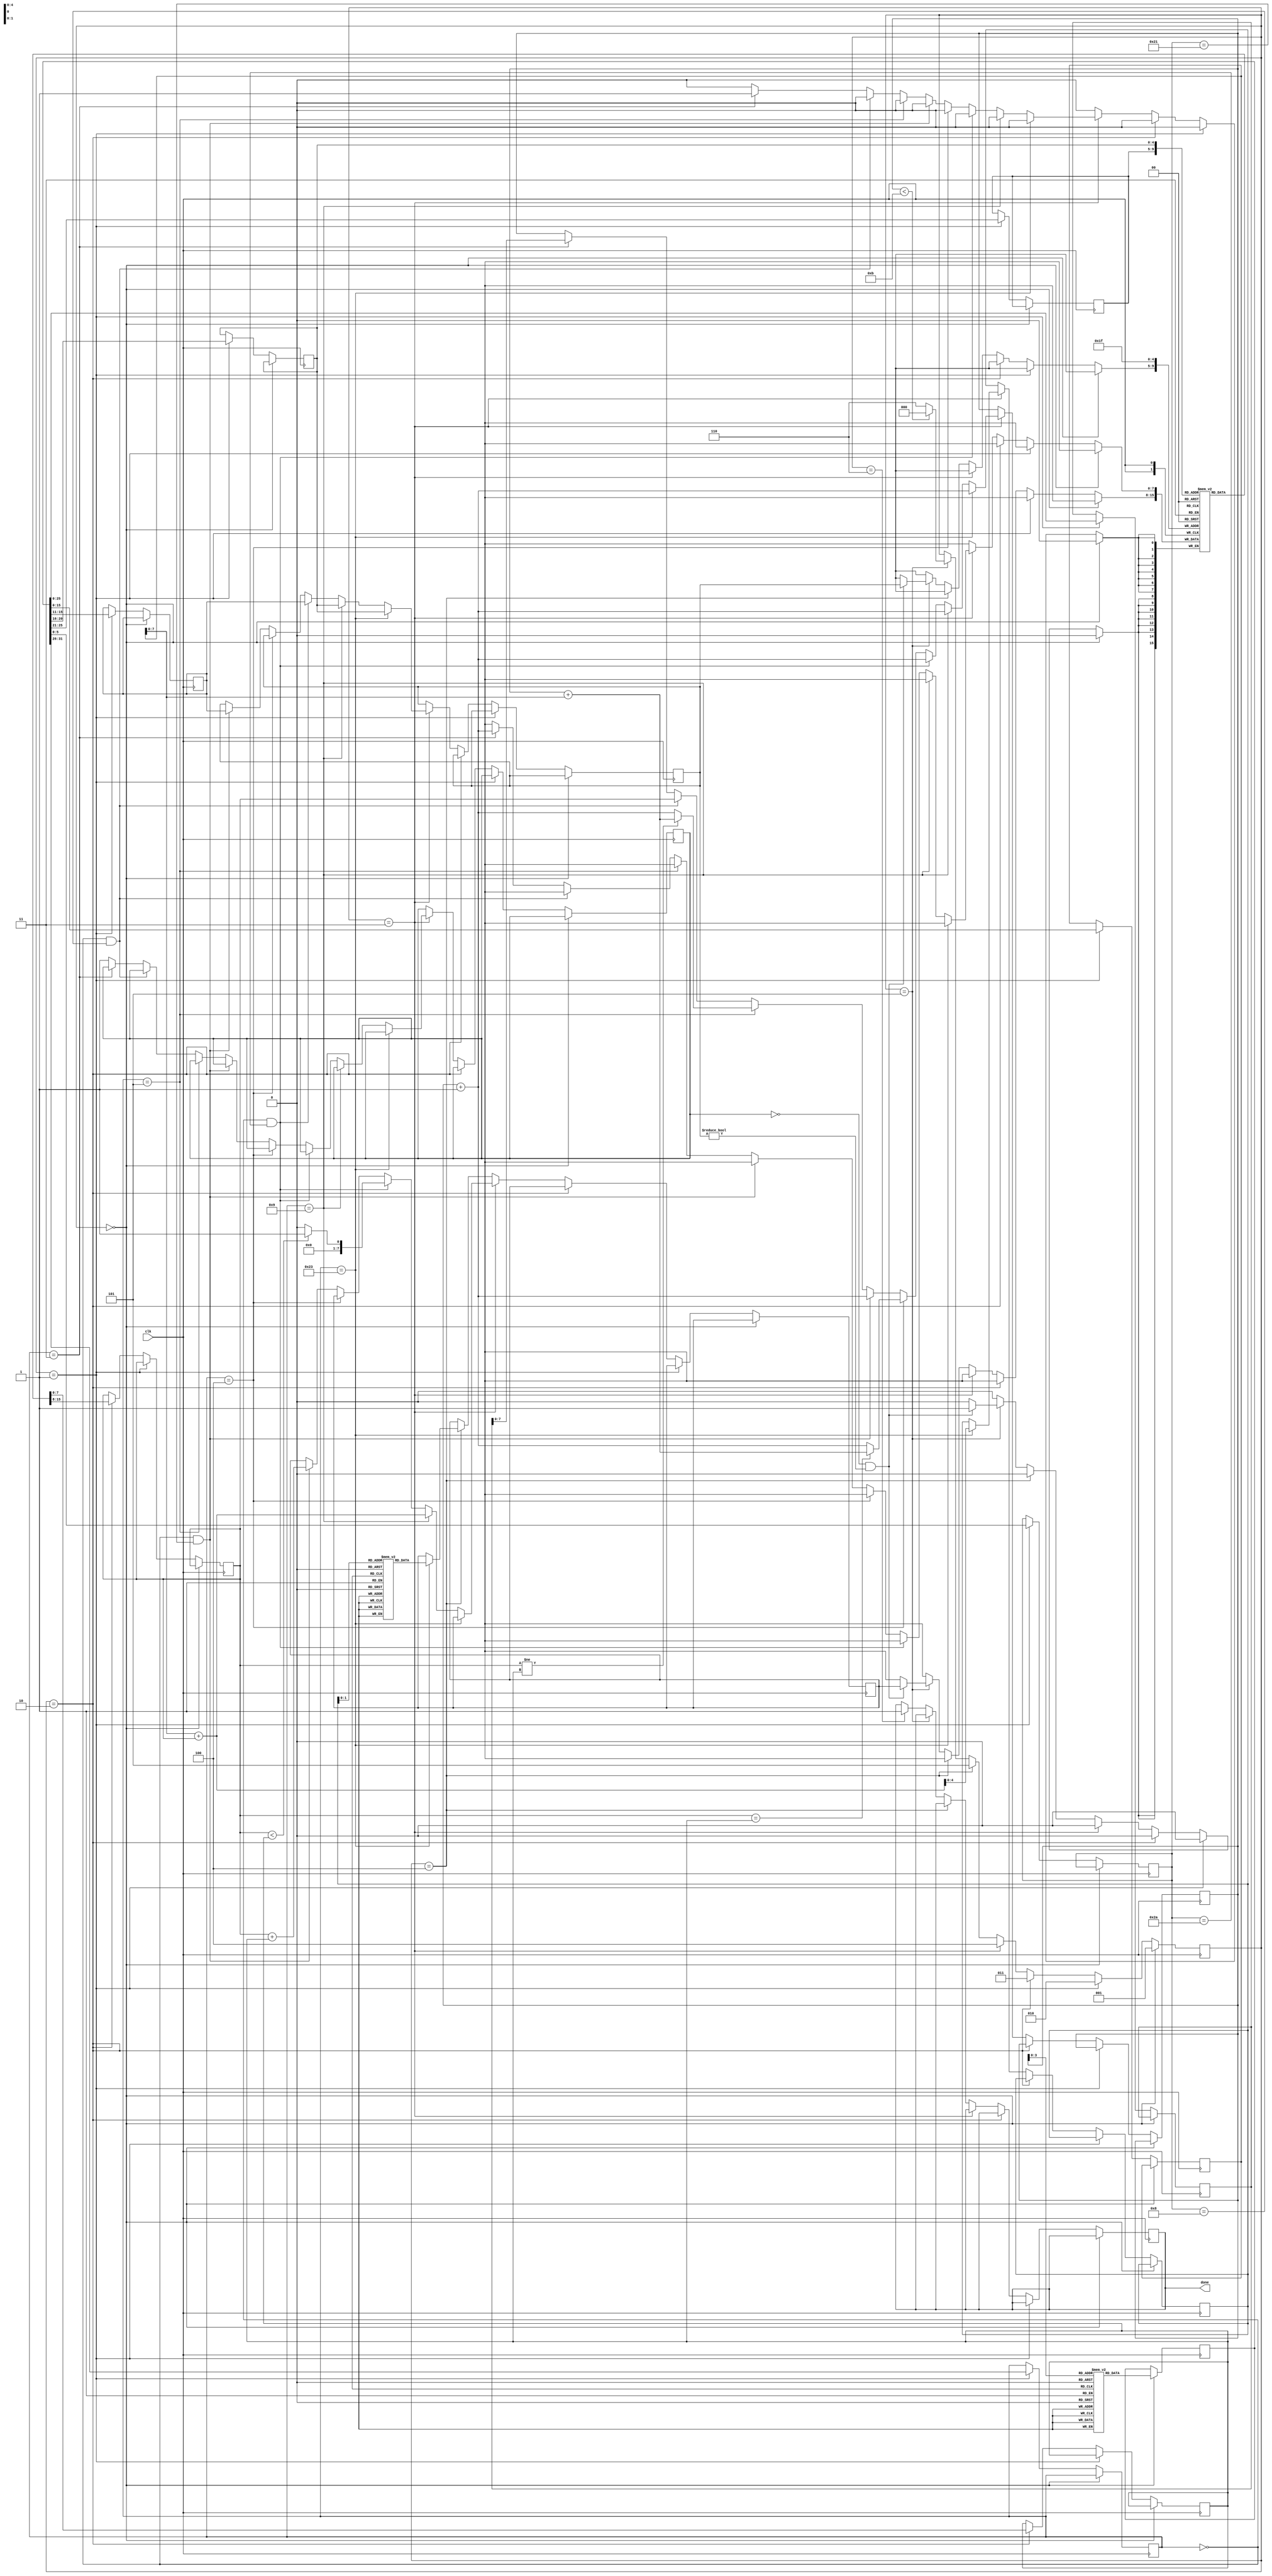
`define output_reg 4
`define MAX_PC 11
module solve(clk,done);
        input clk;
        output done;
        reg [31:0] memory[0:10];
        reg signed [7:0] arr[0:2];
        reg signed[7:0] regfile[0:31];
        reg [7:0] PC;
        reg [2:0] state;
        reg [31:0] instruction;
        reg [5:0] opcode;
        reg [5:0] func;
        reg [4:0] rs;
        reg [4:0] rt;
        reg [4:0] rd;
        reg [4:0] dest;
        reg signed[15:0] immediate;
        reg [25:0] jtarget;
        reg [7:0] source1;
        reg [7:0] source2;
        reg [7:0] tobewritten;
        reg [4:0] loadadd;
        reg invalid;
        reg done=0;
        
        
        always @(posedge clk) begin
                if(state==3'b000)begin
                        instruction<=#1 memory[PC];
                        state<=#1 3'b001;
                        
                end
                else if (state==3'b001) begin
                        opcode<=#1 instruction[31:26];
                        func<=#1 instruction[5:0];
                        jtarget<=#1 instruction[25:0];
                        rs<=#1 instruction[25:21];
                        rt<=#1 instruction[20:16];
                        rd<=#1 instruction[15:11];
                        immediate<=#1 instruction[15:0];
                        state<=#1 3'b010;
                        
                end
                else if (state==3'b010) begin
                        source1<=#1 regfile[rs];
                        source2<=#1 regfile[rt];
                        state<=#1 3'b011;
                        
                end
                else if (state==3'b011) begin
                        if (opcode==6'b100011) begin
				//lw
                                loadadd<=#1 immediate[7:0] + source1;
                                dest=rt;
                                PC<=PC+1;
                        end
                        else if (opcode==6'b001001) begin
                                //addiu
                                tobewritten<=#1 immediate[7:0] + source1;
                                PC<=PC+1;
                                dest=rt;
                        end
                        else if (opcode==6'b0 && func==6'b101010) begin
                                //slt
                                tobewritten<=#1 ($signed(source1) < $signed(source2))?1:0;
                                PC<=PC+1;
                                dest<=rd;
                        end
                        else if (opcode==6'b000100)begin
                                //beq
                                PC<=#1 (source1==source2)?PC+immediate[7:0]:PC+1;
                                //PC<=PC+1;

                        end
                        else if (opcode==6'b000000 && func==6'b100001) begin
                                //addu
                                tobewritten<=#1 (source1 + source2);
                                PC<=PC+1;
                                dest<=rd;
                        end
                        else if (opcode==6'b000101) begin
                                //bne
                                PC<=#1 (source1!=source2)?PC+immediate[7:0]:PC+1;
                                //PC<=PC+1;
                        end
                        else if (opcode==6'b0 && func==6'b001000) begin
                                //jr
                                PC<=#1 source1;
                                //PC<=PC+1;

                        end
                        else if (opcode==6'b000011) begin
                                //jal
                                PC<=#1 jtarget[7:0];
                                regfile[31]<=PC+1;
                        end
                        else begin
                                invalid=1'b1;
                        end
                        state<= #1 3'b100;

                end
                else if(state==3'b100)begin
                        if(opcode==6'b100011)begin
                                tobewritten<= #1 arr[loadadd];
                        end
                        state<= #1 3'b101;

                end
                else if(state==3'b101)begin
                        if(invalid==1'b0 && dest!=5'b00000)begin
                                regfile[dest]<=#1 tobewritten;
                        end
                        if(PC<`MAX_PC)begin
                                state<=#1 0;
                        end
                        else begin
                                state<=#1 3'b110;
                        end
                end
                else if(state==3'b110)begin
                        $display("Time:%d Output:%d",$time,regfile[`output_reg]);
                        done <= 1;
                end
        end

initial begin
                memory[0]=32'b100011_00000_00001_0000000000000000; // lw $1, 0($0)
                memory[1]=32'b100011_00000_00010_0000000000000001; // lw $2, 1($0)
                memory[2]=32'b100011_00000_00011_0000000000000010; // lw $3, 2($0)
                memory[3]=32'b001001_00000_00100_0000000000000000;// addiu $4, $0, 0
                memory[4]=32'b001001_00001_00101_0000000000000000;// addiu $5, $1, 0
                memory[5]=32'b000000_00101_00010_00110_00000_101010;// slt $6, $5, $2
                memory[6]=32'b000100_00110_00000_00000000_00000101;// beq $6, $0, exit
                memory[7]=32'b000000_00100_00101_00100_00000_100001;// addu $4, $4, $5
                memory[8]=32'b000000_00101_00011_00101_00000_100001;// addu $5, $5, $3
                memory[9]=32'b000000_00101_00010_00110_00000_101010;// slt $6, $5, $2
                memory[10]=32'b000101_00110_00000_1111_1111_1111_1101;// bne $6, $0, loop

                regfile[0]=8'b00000000;
                regfile[1]=8'b00000000;
                regfile[2]=8'b00000000;
                regfile[3]=8'b00000000;
                regfile[4]=8'b00000000;
                regfile[5]=8'b00000000;
                regfile[6]=8'b00000000;
                regfile[7]=8'b00000000;
                regfile[8]=8'b00000000;
                regfile[9]=8'b00000000;
                regfile[10]=8'b00000000;
                regfile[11]=8'b00000000;
                regfile[12]=8'b00000000;
                regfile[13]=8'b00000000;
                regfile[14]=8'b00000000;
                regfile[15]=8'b00000000;
                regfile[16]=8'b00000000;
                regfile[17]=8'b00000000;
                regfile[18]=8'b00000000;
                regfile[19]=8'b00000000;
                regfile[20]=8'b00000000;
                regfile[21]=8'b00000000;
                regfile[22]=8'b00000000;
                regfile[23]=8'b00000000;
                regfile[24]=8'b00000000;
                regfile[25]=8'b00000000;
                regfile[26]=8'b00000000;
                regfile[27]=8'b00000000;
                regfile[28]=8'b00000000;
                regfile[29]=8'b00000000;
                regfile[30]=8'b00000000;
                regfile[31]=8'b00000000;
                arr[0]=-20;
                arr[1]=10;
                arr[2]=2;
                PC=8'b00000000;
                state=3'b000;
                loadadd=5'b00000;
                invalid=0;
        end
endmodule